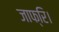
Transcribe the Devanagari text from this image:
जाफ्रि।